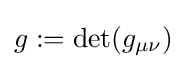
g:=\det(g_{\mu \nu })